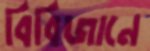
বিবিজানে